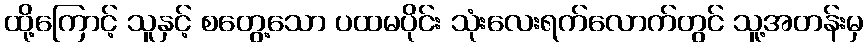
ထို့ကြောင့် သူနှင့် စတွေ့သော ပထမပိုင်း သုံးလေးရက်လောက်တွင် သူ့အတန်းမှ